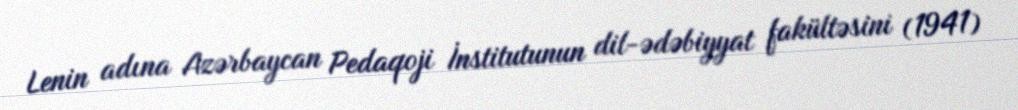
Lenin adına Azərbaycan Pedaqoji İnstitutunun dil-ədəbiyyat fakültəsini (1941)